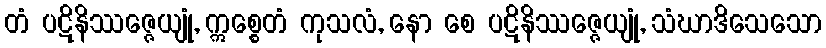
တံ ပဋိနိဿဇ္ဇေယျုံ, ဣစ္စေတံ ကုသလံ, နော စေ ပဋိနိဿဇ္ဇေယျုံ, သံဃာဒိသေသော